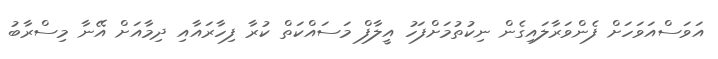
އަވަސްއަވަހަށް ފެންވަރާލައިގެން ނިކުތުމަށްފަހު އީލާފް މަސައްކަތް ކުރާ ފިހާރައާއި ދިމާއަށް އޭނާ މިސްރާބު